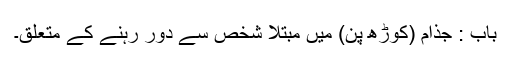
باب : جذام (کوڑھ پن) میں مبتلا شخص سے دور رہنے کے متعلق۔